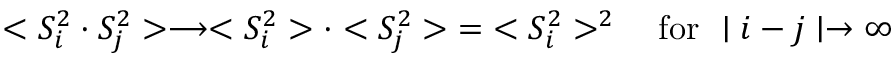
< S _ { i } ^ { 2 } \cdot S _ { j } ^ { 2 } > \longrightarrow < S _ { i } ^ { 2 } > \cdot < S _ { j } ^ { 2 } > \; = \; < S _ { i } ^ { 2 } > ^ { 2 } \quad \mathrm { f o r ~ } \mid i - j \mid \rightarrow \infty